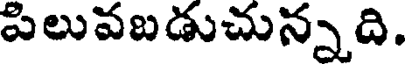
పిలువబడుచున్నది.